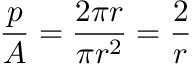
\frac { p } { A } = \frac { 2 \pi r } { \pi r ^ { 2 } } = \frac { 2 } { r }